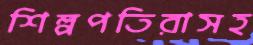
শিল্পপতিরাসহ